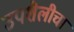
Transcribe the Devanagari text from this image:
उपशैलीचा